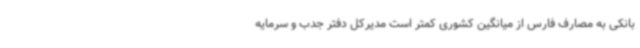
بانکی به مصارف فارس از میانگین کشوری کمتر است مدیرکل دفتر جدب و سرمایه